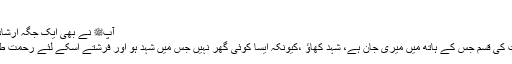
”
آپﷺ نے بھی ایک جگہ ارشاد فرمایا ہے؛
"اس پاک ذات کی قسم جس کے ہاتھ میں میری جان ہے، شہد کھاؤ ،کیونکہ ایسا کوئی گھر نہیں جس میں شہد ہو اور فرشتے اسکے لئے رحمت طلب نہ کریں۔